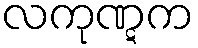
လကုဏ္ဋက